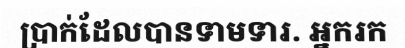
ប្រាក់ដែលបានទាមទារ. អ្នករក